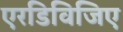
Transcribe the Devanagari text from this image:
एरडिविजिए